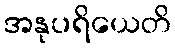
အနုပရိယေတိ